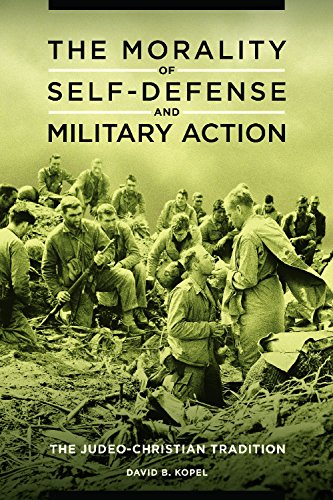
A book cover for The Morality of Self-Defense and Military Action: The Judeo-Christian Tradition; David B. Kopel; Religion & Spirituality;